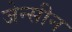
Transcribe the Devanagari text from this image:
जेन्सीन